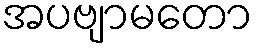
အပဗျာမတော